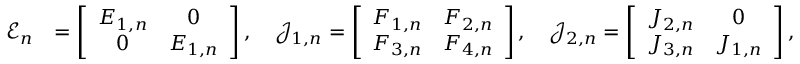
\begin{array} { r l } { \mathcal { E } _ { n } } & { = \left[ \begin{array} { c c } { E _ { 1 , n } } & { 0 } \\ { 0 } & { E _ { 1 , n } } \end{array} \right] , \quad \mathcal { J } _ { 1 , n } = \left[ \begin{array} { c c } { F _ { 1 , n } } & { F _ { 2 , n } } \\ { F _ { 3 , n } } & { F _ { 4 , n } } \end{array} \right] , \quad \mathcal { J } _ { 2 , n } = \left[ \begin{array} { c c } { J _ { 2 , n } } & { 0 } \\ { J _ { 3 , n } } & { J _ { 1 , n } } \end{array} \right] , } \end{array}